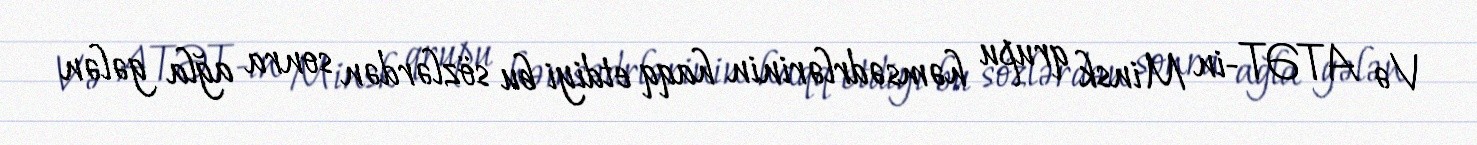
Və ATƏT-in Minsk qrupu həmsədrlərinin haqq etdiyi bu sözlərdən sonra ağla gələn